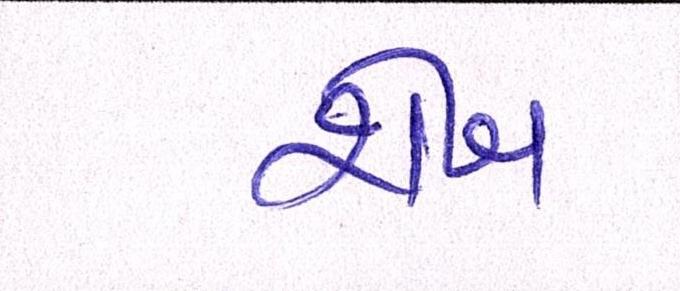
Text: શેખ